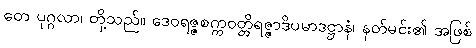
တေ ပုဂ္ဂလာ၊ တို့သည်။ ဒေဝရဇ္ဇစက္ကဝတ္တိရဇ္ဇာဒိပမာဒဋ္ဌာနံ၊ နတ်မင်း၏ အဖြစ်